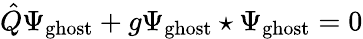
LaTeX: \hat{Q}\Psi_{\mathrm{ghost}}+g\Psi_{\mathrm{ghost}}\star\Psi_{\mathrm{ghost}}=0